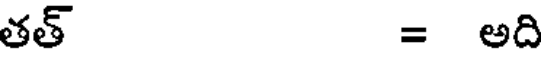
తత్ = అది